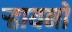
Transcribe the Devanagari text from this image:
ऱ्हायनो